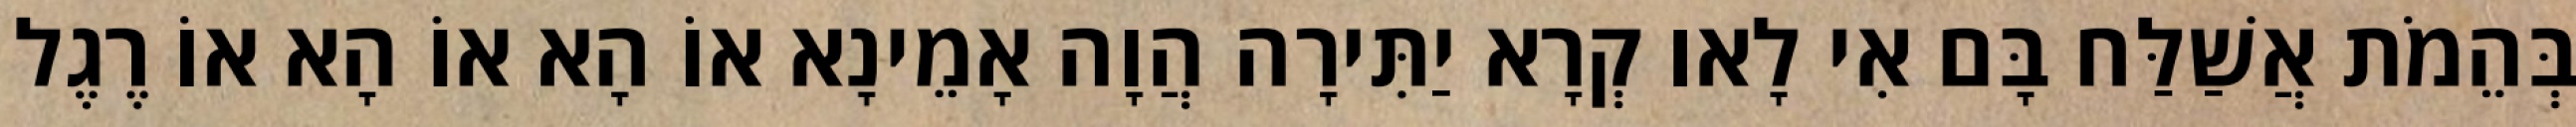
בְּהֵמֹת אֲשַׁלַּח בָּם אִי לָאו קְרָא יַתִּירָה הֲוָה אָמֵינָא אוֹ הָא אוֹ הָא אוֹ רֶגֶל